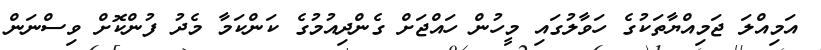
އަމިއްލަ ޖަމިއްޔާތަކުގެ ހަވާލުގައި މީހުން ހައްޖަށް ގެންދިއުމުގެ ކަންކަމާ މެދު ފުންކޮށް ވިސްނަން